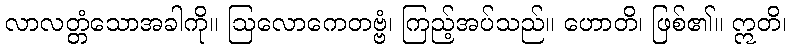
လာလတ္တံသောအခါကို။ ဩလောကေတဗ္ဗံ၊ ကြည့်အပ်သည်။ ဟောတိ၊ ဖြစ်၏။ ဣတိ၊